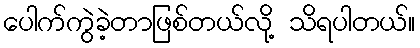
ပေါက်ကွဲခဲ့တာဖြစ်တယ်လို့ သိရပါတယ်။